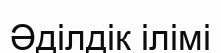
Әділдік ілімі